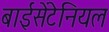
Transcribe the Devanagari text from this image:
बाईसेंटेनियल